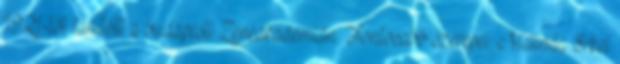
1921-től tanított a budapesti Zeneakadémián. Fontosabb szerepei: Melinda Erkel